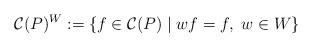
LaTeX: \begin{align*}\mathcal{C}(P)^{W}:=\{ f\in\mathcal{C}(P)\mid wf=f,\ w\in W\}\end{align*}